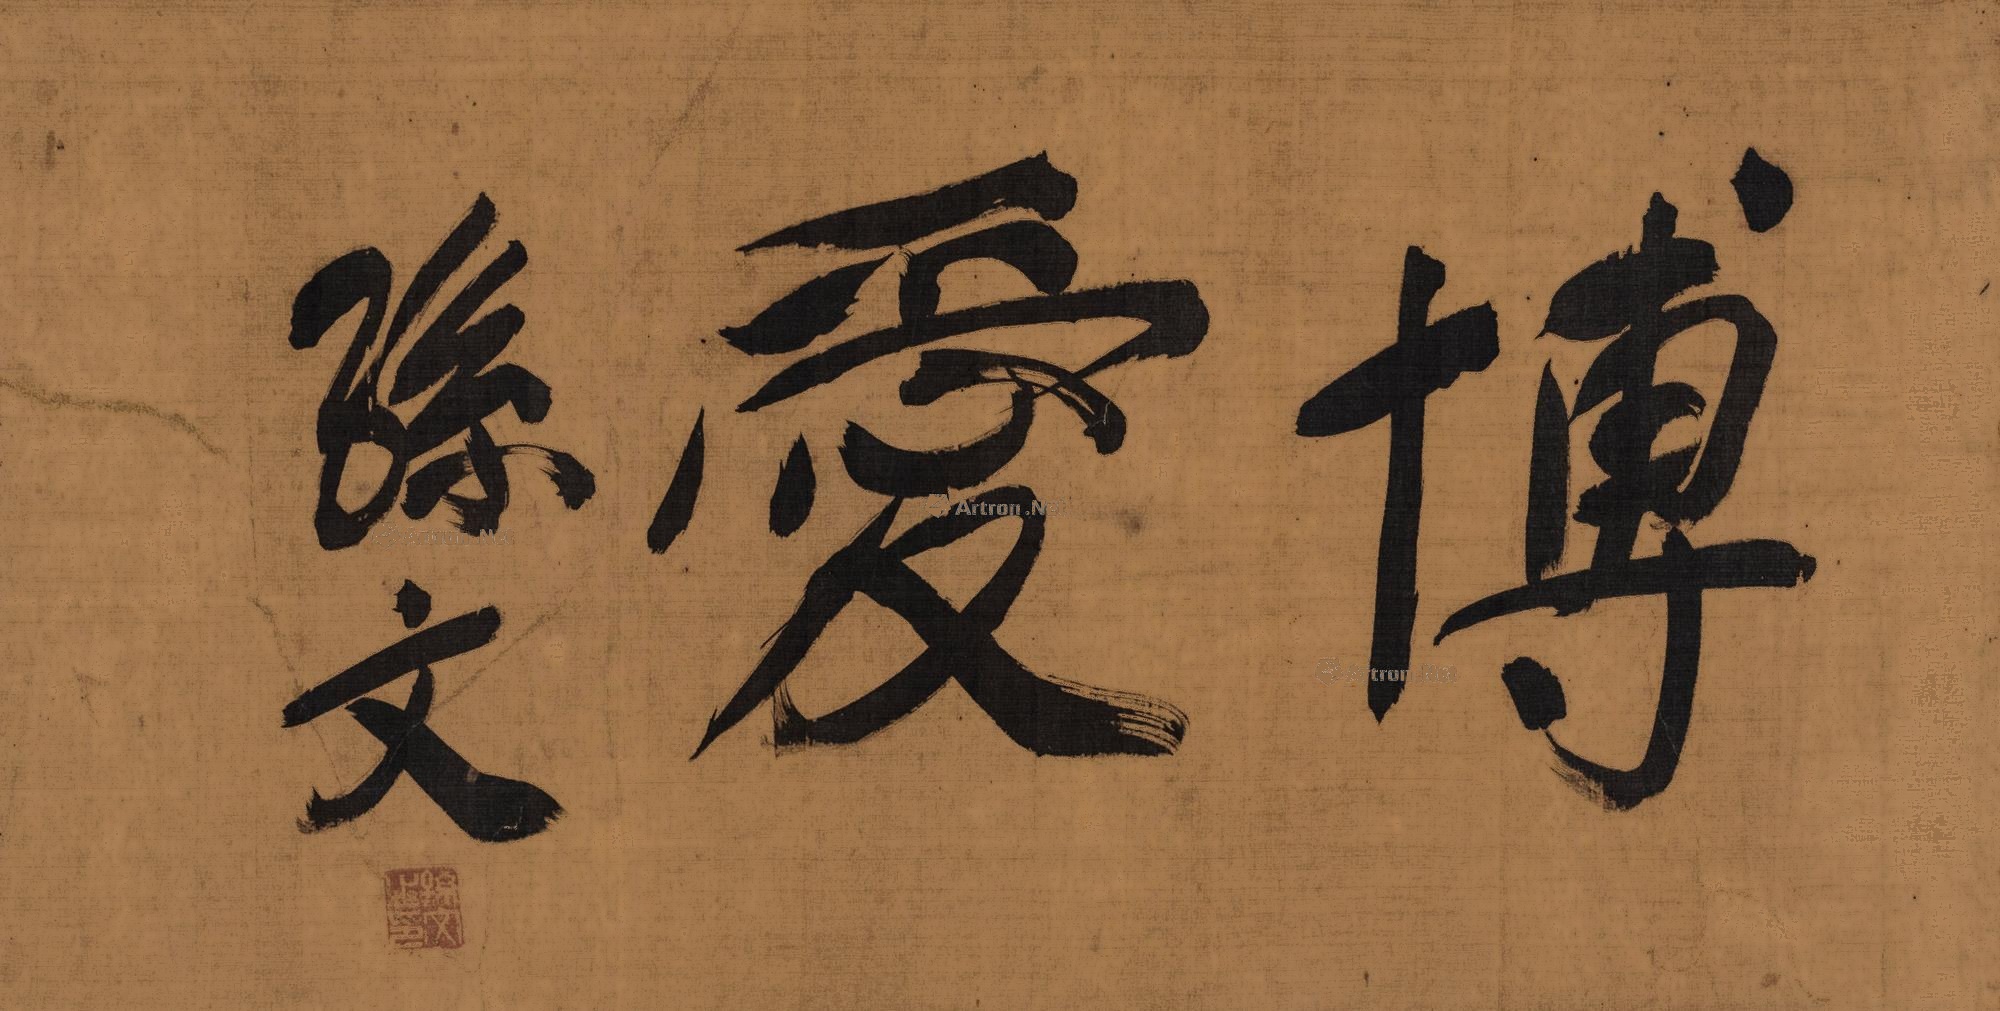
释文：博爱孙文。